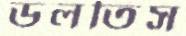
ডলতিস